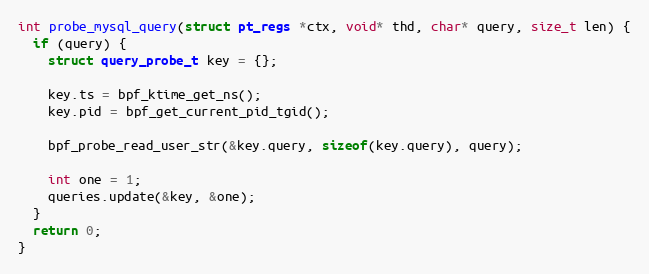
Language: C++
int probe_mysql_query(struct pt_regs *ctx, void* thd, char* query, size_t len) {
  if (query) {
    struct query_probe_t key = {};

    key.ts = bpf_ktime_get_ns();
    key.pid = bpf_get_current_pid_tgid();

    bpf_probe_read_user_str(&key.query, sizeof(key.query), query);

    int one = 1;
    queries.update(&key, &one);
  }
  return 0;
}